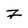
Character: Z